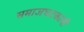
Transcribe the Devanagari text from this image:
समाजघटकांनी